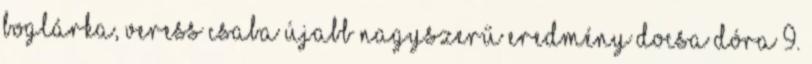
Boglárka, Veress Csaba Újabb nagyszerű eredmény Docsa Dóra 9.